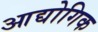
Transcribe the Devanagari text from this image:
आद्योगिक